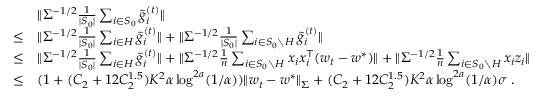
\begin{array} { r l } & { \| \Sigma ^ { - 1 / 2 } \frac { 1 } { | S _ { 0 } | } \sum _ { i \in S _ { 0 } } \tilde { g } _ { i } ^ { ( t ) } \| } \\ { \leq } & { \| \Sigma ^ { - 1 / 2 } \frac { 1 } { | S _ { 0 } | } \sum _ { i \in H } \tilde { g } _ { i } ^ { ( t ) } \| + \| \Sigma ^ { - 1 / 2 } \frac { 1 } { | S _ { 0 } | } \sum _ { i \in S _ { 0 } \setminus H } \tilde { g } _ { i } ^ { ( t ) } \| } \\ { \leq } & { \| \Sigma ^ { - 1 / 2 } \frac { 1 } { | S _ { 0 } | } \sum _ { i \in H } \tilde { g } _ { i } ^ { ( t ) } \| + \| \Sigma ^ { - 1 / 2 } \frac { 1 } { n } \sum _ { i \in S _ { 0 } \setminus H } x _ { i } x _ { i } ^ { \top } ( w _ { t } - w ^ { * } ) \| + \| \Sigma ^ { - 1 / 2 } \frac { 1 } { n } \sum _ { i \in S _ { 0 } \setminus H } x _ { i } z _ { i } \| } \\ { \leq } & { ( 1 + ( C _ { 2 } + 1 2 C _ { 2 } ^ { 1 . 5 } ) K ^ { 2 } \alpha \log ^ { 2 a } ( 1 / \alpha ) ) \| w _ { t } - w ^ { * } \| _ { \Sigma } + ( C _ { 2 } + 1 2 C _ { 2 } ^ { 1 . 5 } ) K ^ { 2 } \alpha \log ^ { 2 a } ( 1 / \alpha ) \sigma \; . } \end{array}